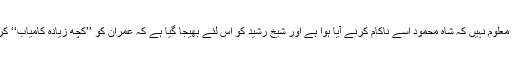
عمران کو معلوم نہیں کہ شاہ محمود اسے ناکام کرنے آیا ہوا ہے اور شیخ رشید کو اس لئے بھیجا گیا ہے کہ عمران کو ’’کچھ زیادہ کامیاب‘‘ کرایا جائے۔